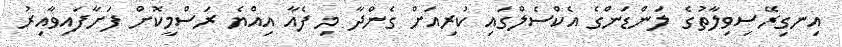
އިނގިރޭސިވިލާތުގެ ލަންޑަންގެ އެކްސެލްގައި ކުރިއަށް ގެންދާ މި ފެއާ އިއްޔެ ރަސްމީކޮށް ފަށާފައިވާއިރު